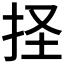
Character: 𢫞